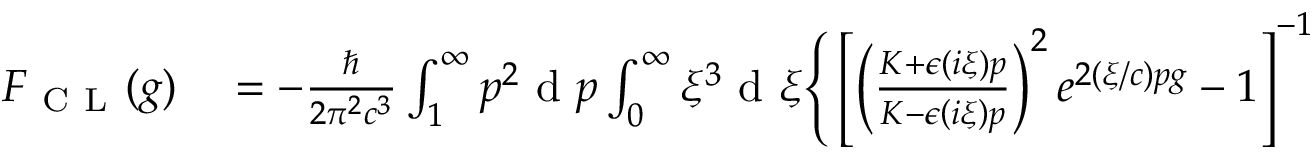
\begin{array} { r l } { F _ { \mathrm { ~ C ~ L ~ } } ( g ) } & { { } = - \frac { \hbar } { 2 \pi ^ { 2 } c ^ { 3 } } \int _ { 1 } ^ { \infty } p ^ { 2 } \mathrm { ~ d ~ } p \int _ { 0 } ^ { \infty } \xi ^ { 3 } \mathrm { ~ d ~ } \xi \Bigg \{ \left[ \left( \frac { K + \epsilon \left( i \xi \right) p } { K - \epsilon \left( i \xi \right) p } \right) ^ { 2 } e ^ { 2 ( \xi / c ) p g } - 1 \right] ^ { - 1 } } \end{array}